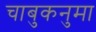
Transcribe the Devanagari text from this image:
चाबुकनुमा